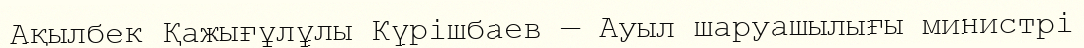
Ақылбек Қажығұлұлы Күрішбаев — Ауыл шаруашылығы министрі